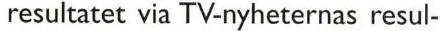
resultatet via TV-nyheternas resul-